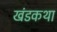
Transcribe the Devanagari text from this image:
खंडकथा